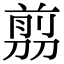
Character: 𠞽